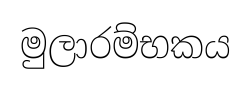
මුලාරම්භකය